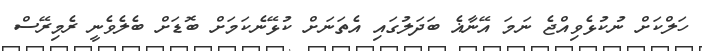
ހަލްކަށް ނުކުޅެވިއްޖެ ނަމަ އޭނާޣެ ބަދަލުގައި އެތަނަށް ކުޅޭނެކަމަށް ބޮޑަށް ބެލެވެނީ ރެމިރޭސް